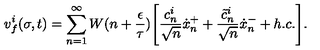
v _ { f } ^ { i } ( \sigma , t ) = \sum _ { n = 1 } ^ { \infty } W ( n + \frac { \epsilon } { \tau } ) \Biggl [ \frac { c _ { n } ^ { i } } { \sqrt { n } } \dot { x } _ { n } ^ { + } + \frac { \tilde { c } _ { n } ^ { i } } { \sqrt { n } } \dot { x } _ { n } ^ { - } + h . c . \Biggr ] .